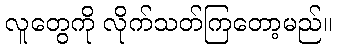
လူတွေကို လိုက်သတ်ကြတော့မည်။